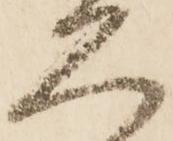
久